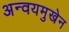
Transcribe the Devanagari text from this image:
अन्वयमुखेन